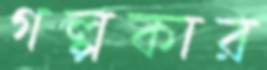
গল্পকার